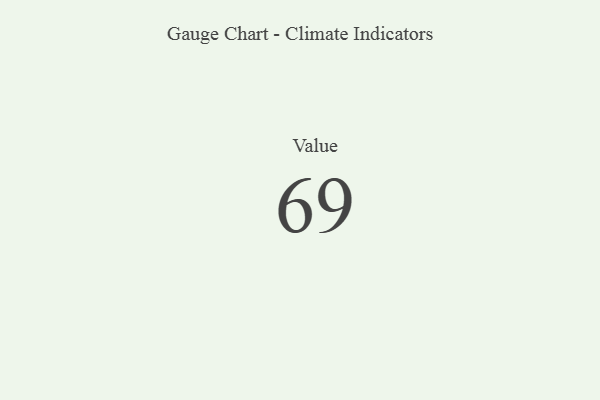
{"axis": {"x": "Metric", "y": "Value"}, "legend": [""], "data": [{"x": "Value", "y": 69, "type": ""}]}